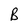
Character: B